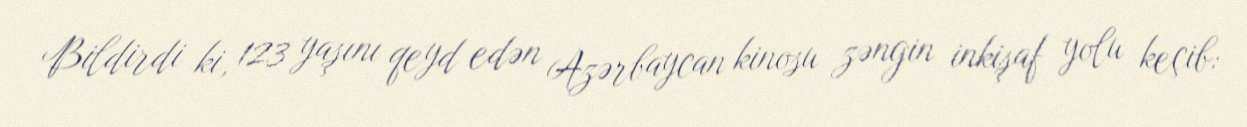
Bildirdi ki, 123 yaşını qeyd edən Azərbaycan kinosu zəngin inkişaf yolu keçib: